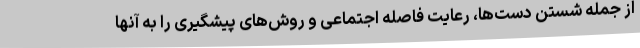
از جمله شستن دست‌ها، رعایت فاصله اجتماعی و روش‌های پیشگیری را به آنها